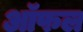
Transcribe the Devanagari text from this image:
ऑफल